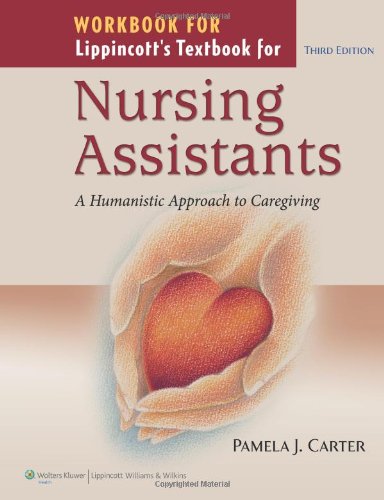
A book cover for Workbook for Lippincott Textbook for Nursing Assistants: A Humanistic Approach to Caregiving; Pamela J. Carter RN  BSN  MEd  CNOR; Medical Books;